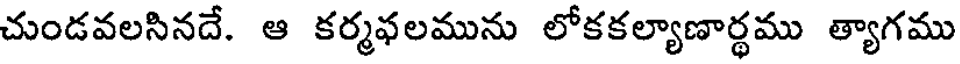
చుండవలసినదే. ఆ కర్మఫలమును లోకకల్యాణార్థము త్యాగము